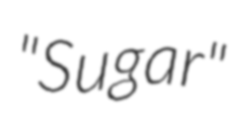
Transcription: "Sugar"